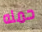
حمله